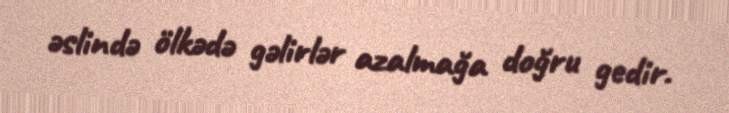
əslində ölkədə gəlirlər azalmağa doğru gedir.